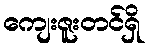
ကျေးဇူးတင်ရှိ